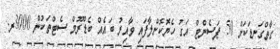
ގާތްގަނޑަކަށް 50 ޕަސެންޓް އަގު ހެޔޮކޮށްލާފައި ވާއިރު ބައެއް ބެޑްރޫމް ސެޓްތަކުން 3000ރ.